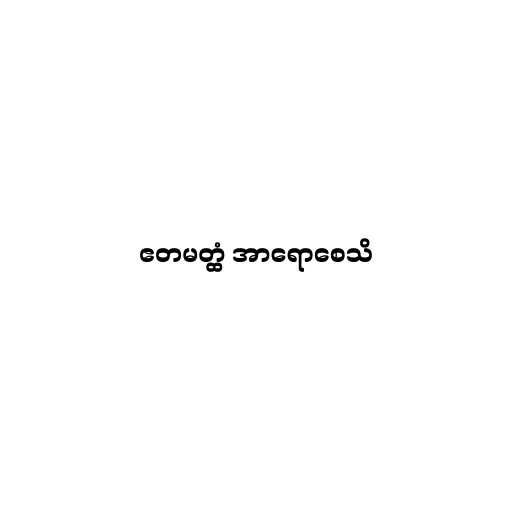
ဧတမတ္ထံ အာရောစေသိ